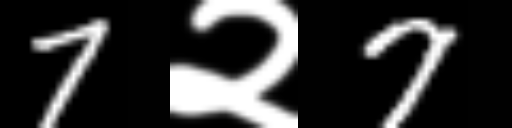
Text: 7२7